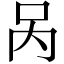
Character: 呙